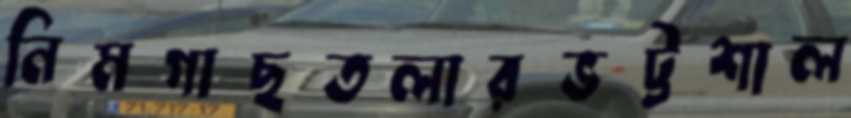
নিমগাছতলারভট্টশাল